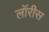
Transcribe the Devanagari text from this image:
लॉरीस